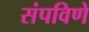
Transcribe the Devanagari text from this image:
संपविणे